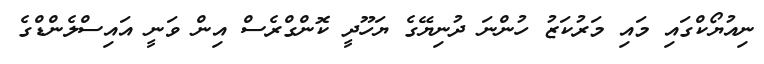
ނިއުޔޯކްގައި މައި މަރުކަޒު ހުންނަ ދުނިޔޭގެ ޔަހޫދީ ކޮންގްރެސް އިން ވަނީ އައިސްލެންޑްގެ